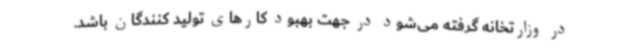
در وزارتخانه گرفته می‌شود در جهت بهبود کارهای تولید کنندگان باشد.